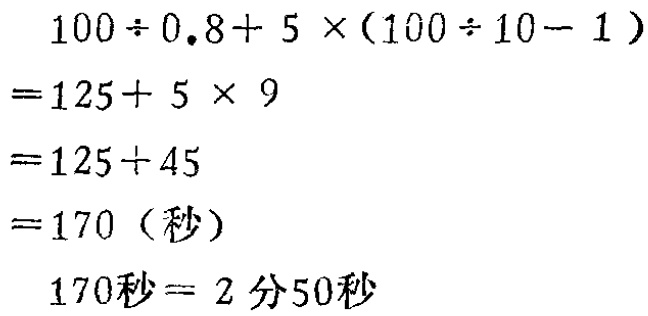
\[
\begin{align*}
&100\div0.8 + 5\times(100\div10 - 1)\\
=&125+ 5\times9\\
=&125 + 45\\
=&170\ (\text{秒})\\
&170\text{秒}= 2\text{分}50\text{秒}
\end{align*}
\]